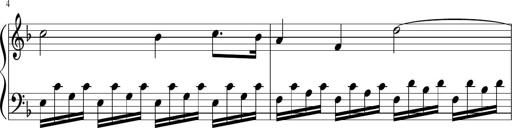
Title: Sonatina di Santa Gemma, JKB 12
Composer: Jason Baruk
Key: F major